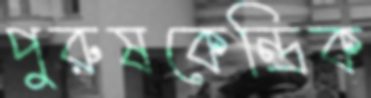
পুরুষকেন্দ্রিক